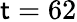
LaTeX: \mathsf{t}=62